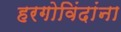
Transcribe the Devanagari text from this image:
हरगोविंदांना